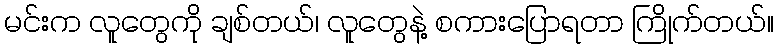
မင်းက လူတွေကို ချစ်တယ်၊ လူတွေနဲ့ စကားပြောရတာ ကြိုက်တယ်။